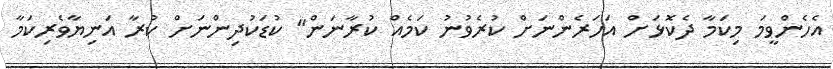
އެހެންވީމަ މިކަމާ ދެކޮޅަށް އަހަރެންނަށް ކުރެވުނު ކަމެއް ކުރާނަން" ކުޑަކުދިންނަށް ކުރާ އަނިޔާވެރިިކަމާ